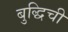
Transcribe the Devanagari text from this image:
बुद्धिची